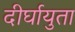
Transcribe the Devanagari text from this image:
दीर्घायुता